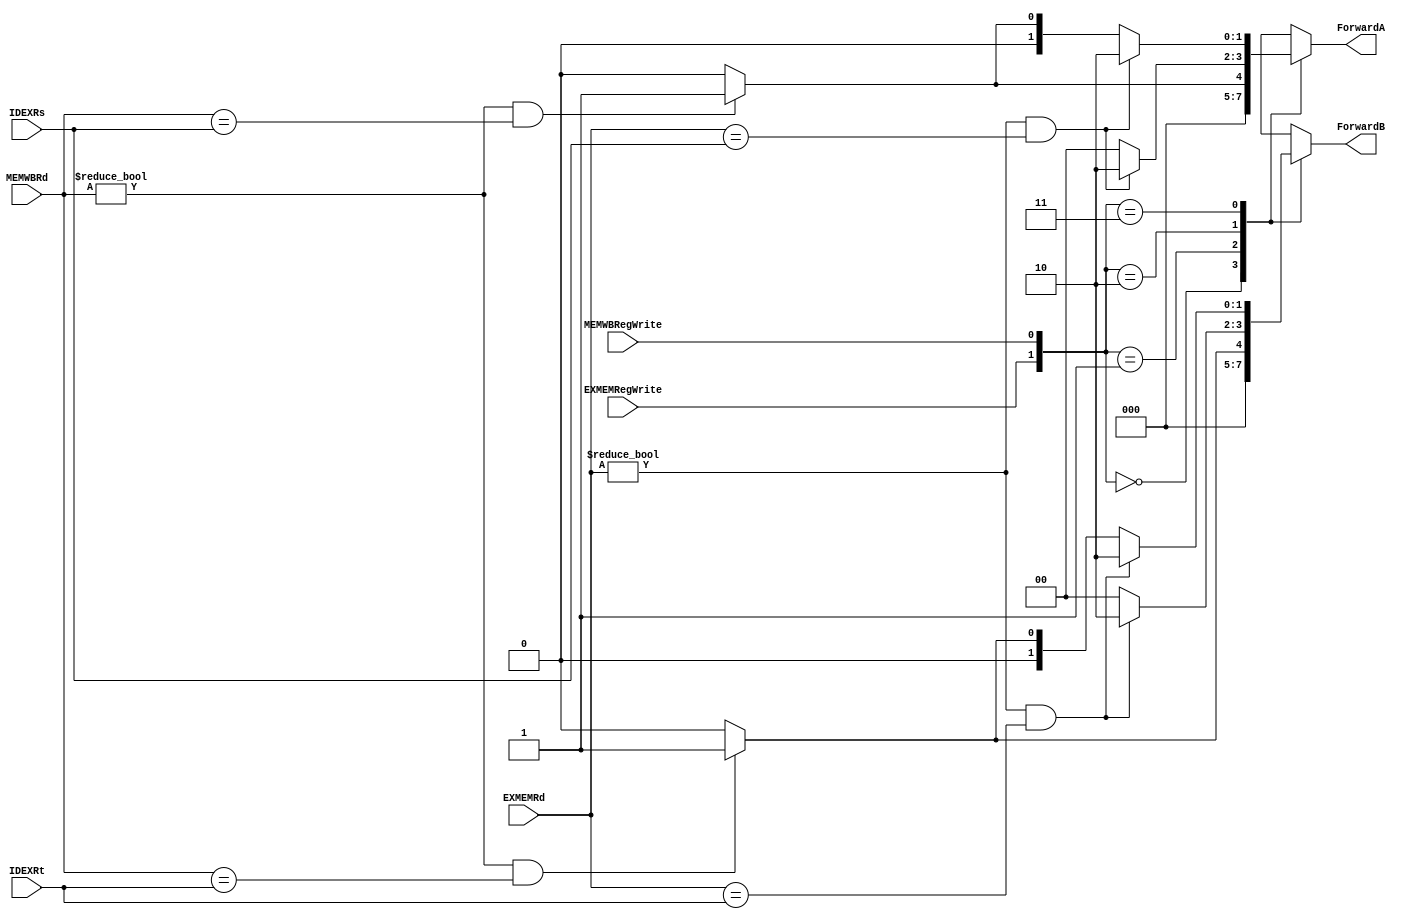
module ForwardingUnit(IDEXRs, IDEXRt, EXMEMRegWrite, EXMEMRd, MEMWBRd, MEMWBRegWrite, ForwardA, ForwardB);

input [4:0] EXMEMRd, MEMWBRd, IDEXRs, IDEXRt;
input EXMEMRegWrite;    
input MEMWBRegWrite;    
output reg [1:0] ForwardA;  
output reg [1:0] ForwardB;  

always @(*) begin
  case({EXMEMRegWrite,MEMWBRegWrite})
    2'b00: begin //none active
      ForwardA <= 2'b00;
      ForwardB <= 2'b00;
    end
    2'b01: begin //MEMWBRegWrite active
      if(MEMWBRd != 0 && MEMWBRd == IDEXRs)
        ForwardA <= 2'b01;
      else
        ForwardA <= 2'b00;
      if(MEMWBRd != 0 && MEMWBRd == IDEXRt)
        ForwardB <= 2'b01;
      else
        ForwardB <= 2'b00;
    end
    2'b10: begin //EXMEMRegWrite active
      if(EXMEMRd != 0 && EXMEMRd == IDEXRs)
        ForwardA <= 2'b10;
      else
        ForwardA <= 2'b00;
      if(EXMEMRd != 0 && EXMEMRd == IDEXRt)
        ForwardB <= 2'b10;
      else
        ForwardB <= 2'b00;
    end
    2'b11: begin //both active
      if(EXMEMRd != 0 && EXMEMRd == IDEXRs) //want most recent data if double data hazard
        ForwardA <= 2'b10;
      else if(MEMWBRd != 0 && MEMWBRd == IDEXRs )
        ForwardA <= 2'b01;
      else
        ForwardA <= 2'b00;
      if(EXMEMRd != 0 && EXMEMRd == IDEXRt) //want most recent data if double data hazard
        ForwardB <= 2'b10;
      else if(MEMWBRd != 0 && MEMWBRd == IDEXRt)
        ForwardB <= 2'b01;
      else
        ForwardB <= 2'b00;
    end
    default: begin //default case
      ForwardA <= 2'b0;
      ForwardB <= 2'b0;
    end
  endcase
end // end always    
endmodule